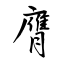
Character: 膺